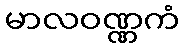
မာလဝဏ္ဏကံ